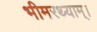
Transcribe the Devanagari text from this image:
भीमरथ्याम्।